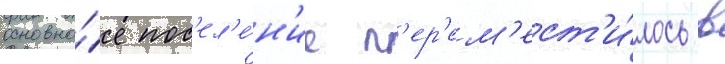
основно́е пос'ел'е́н'ие п'ер'ем'ест'и́лось в